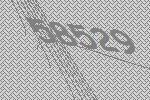
58529